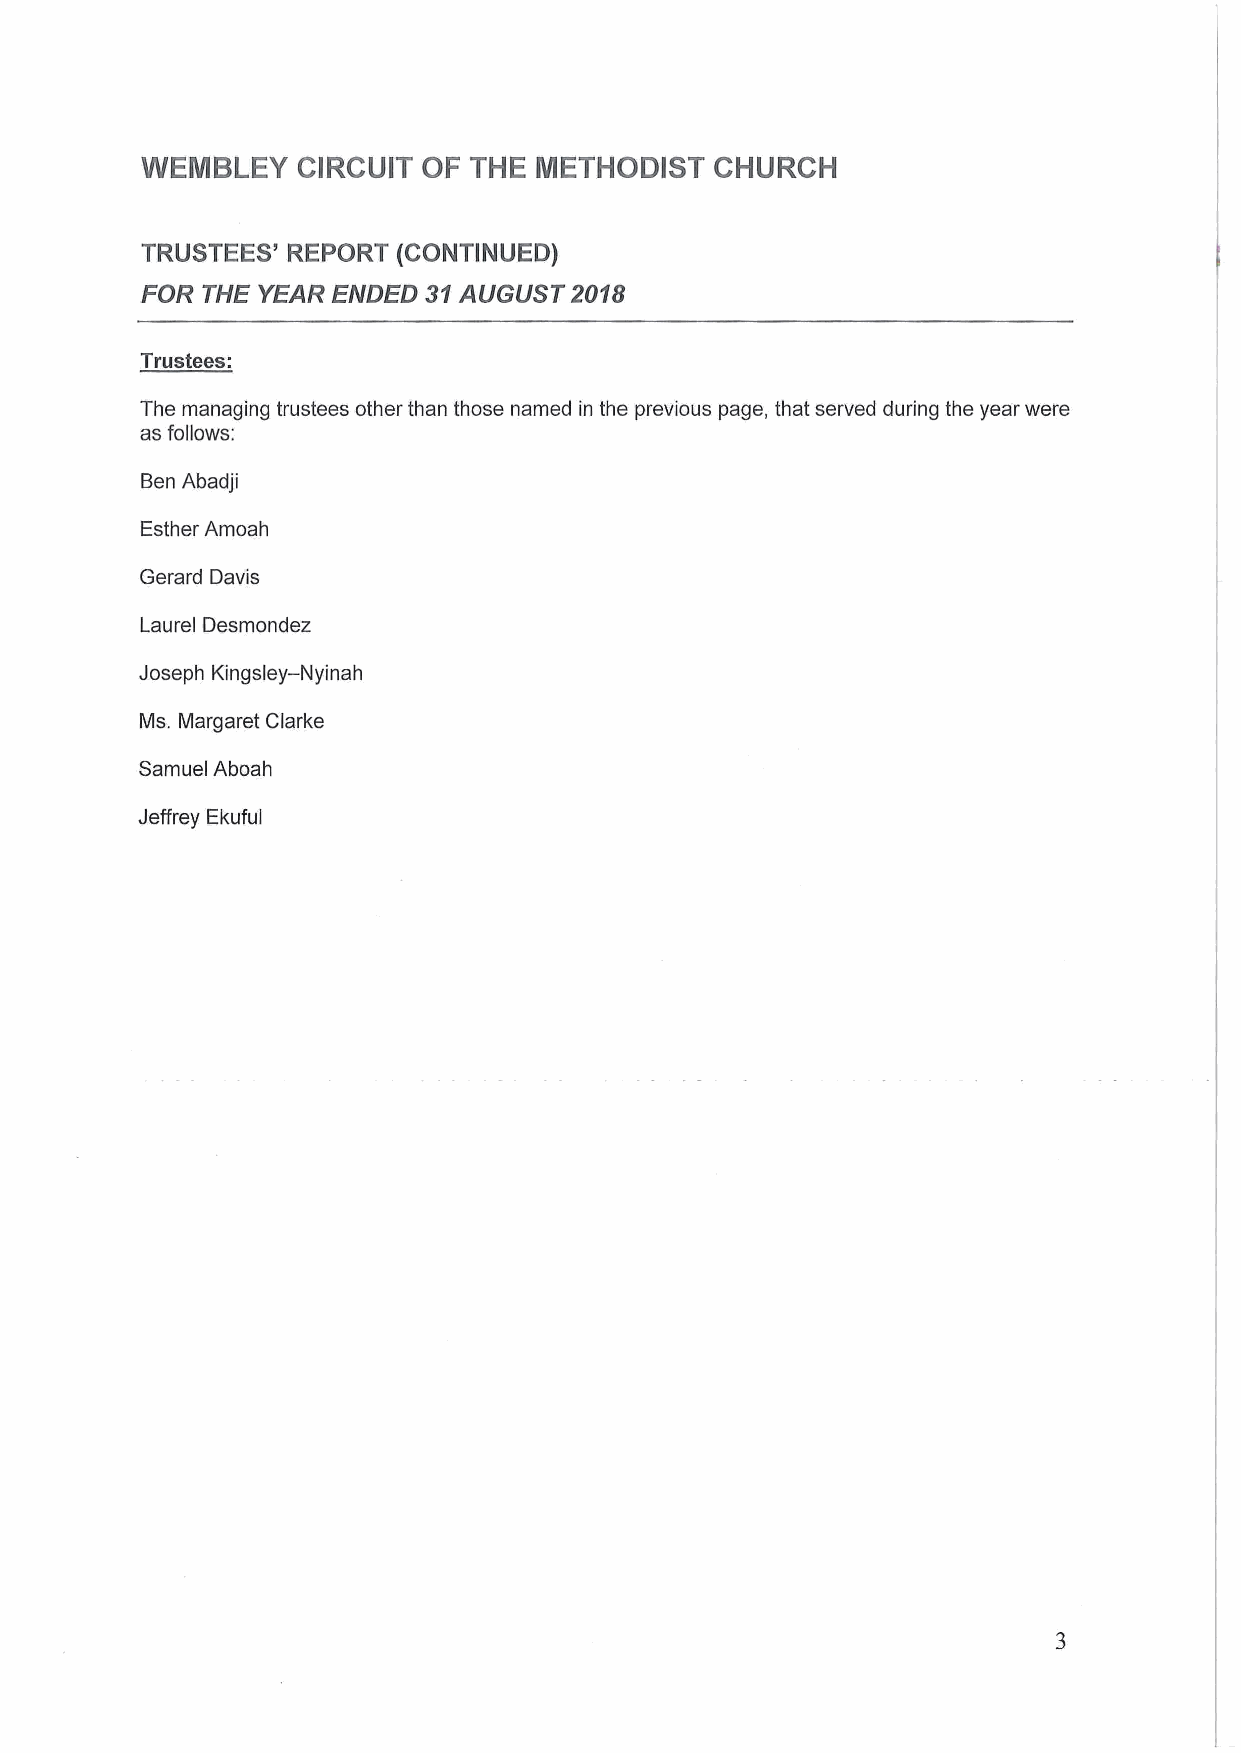
WEMBLEY    CIRCUIT OF THE METHODIST   CHURCH
 TRUSTEES' REPORT (CONTINUED)
 FOR THE YEAR ENDED 31AUGUST  2018
 Trustees:
 The managing trustees other than those named in the previous page, that served during the year were
 as follows:
 Ben Abadji
 Esther Amoah
 Gerard Davis
 Laurel Desmondez
 —
 Joseph Kingsley Nyinah
 Ms. Margaret Clarke
 Samuel Aboah
 Jeffrey Ekuful